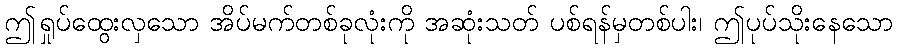
ဤရှုပ်ထွေးလှသော အိပ်မက်တစ်ခုလုံးကို အဆုံးသတ် ပစ်ရန်မှတစ်ပါး၊ ဤပုပ်သိုးနေသော